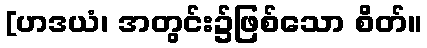
[ဟဒယံ၊ အတွင်း၌ဖြစ်သော စိတ်။